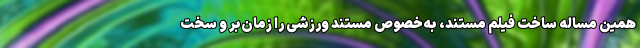
همین مساله ساخت فیلم مستند، به‌خصوص مستند ورزشی را زمان‌بر و سخت